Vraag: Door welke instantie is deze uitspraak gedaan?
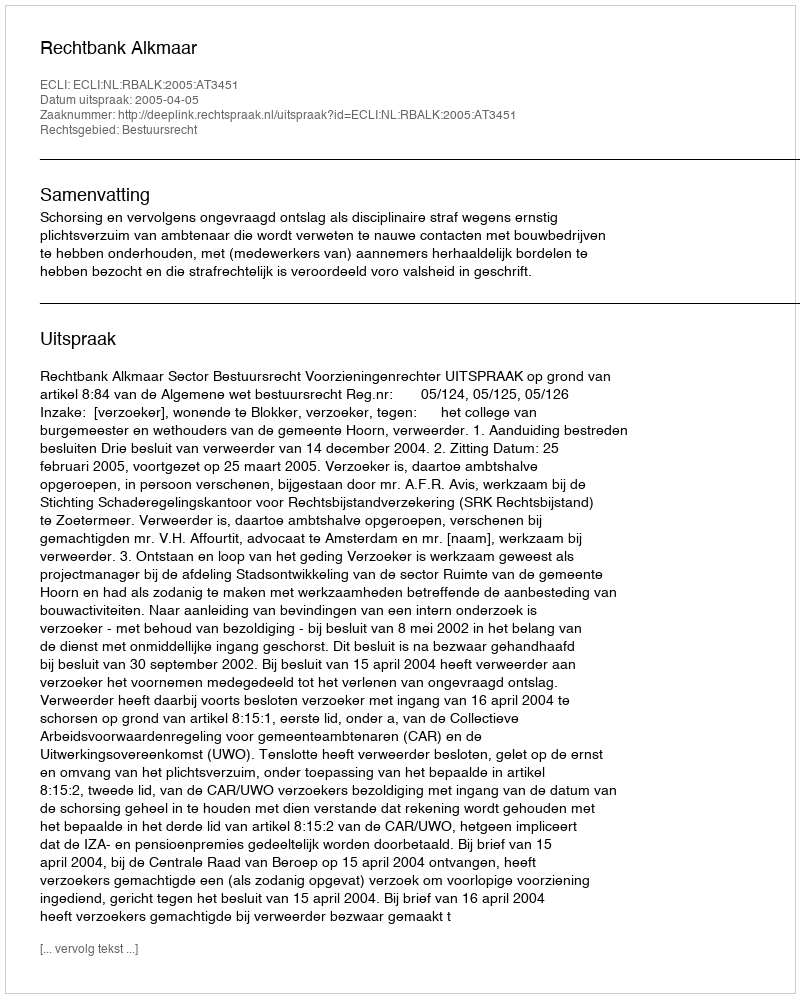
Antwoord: Rechtbank Alkmaar